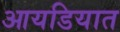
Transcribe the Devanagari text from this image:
आयडियात